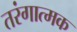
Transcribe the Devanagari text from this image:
तरंगात्मक